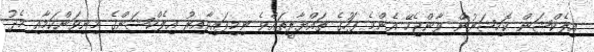
އިލެކްޝަން ކޮމިޝަނުން ވާންޖެހޭ އެންމެ ފަހުގެ ތައްޔާރީތައްވެ ނިމިފައިވާއިރު އިލެކްޝަންގެ މިނިވަންކަމާއި މެދު